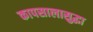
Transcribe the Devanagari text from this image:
कापसालासुद्धा